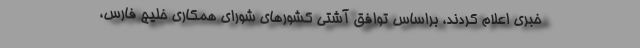
خبری اعلام کردند، براساس توافق آشتی کشورهای شورای همکاری خلیج فارس،